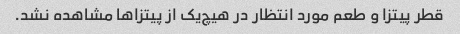
قطر پیتزا و طعم مورد انتظار در هیچ‌یک از پیتزاها مشاهده نشد.